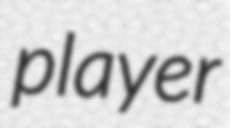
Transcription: player